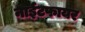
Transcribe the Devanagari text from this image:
नाईटफायर